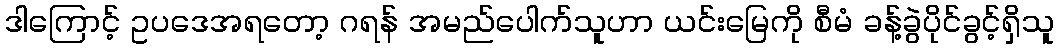
ဒါကြောင့် ဥပဒေအရတော့ ဂရန် အမည်ပေါက်သူဟာ ယင်းမြေကို စီမံ ခန့်ခွဲပိုင်ခွင့်ရှိသူ